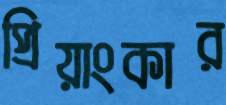
প্রিয়াংকার